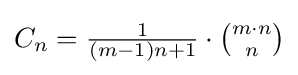
{\textstyle C_{n}={\frac {1}{(m-1)n+1}}\cdot {\binom {m\cdot n}{n}}}